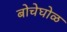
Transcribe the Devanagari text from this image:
बोचेघोळ